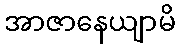
အာဇာနေယျာမိ